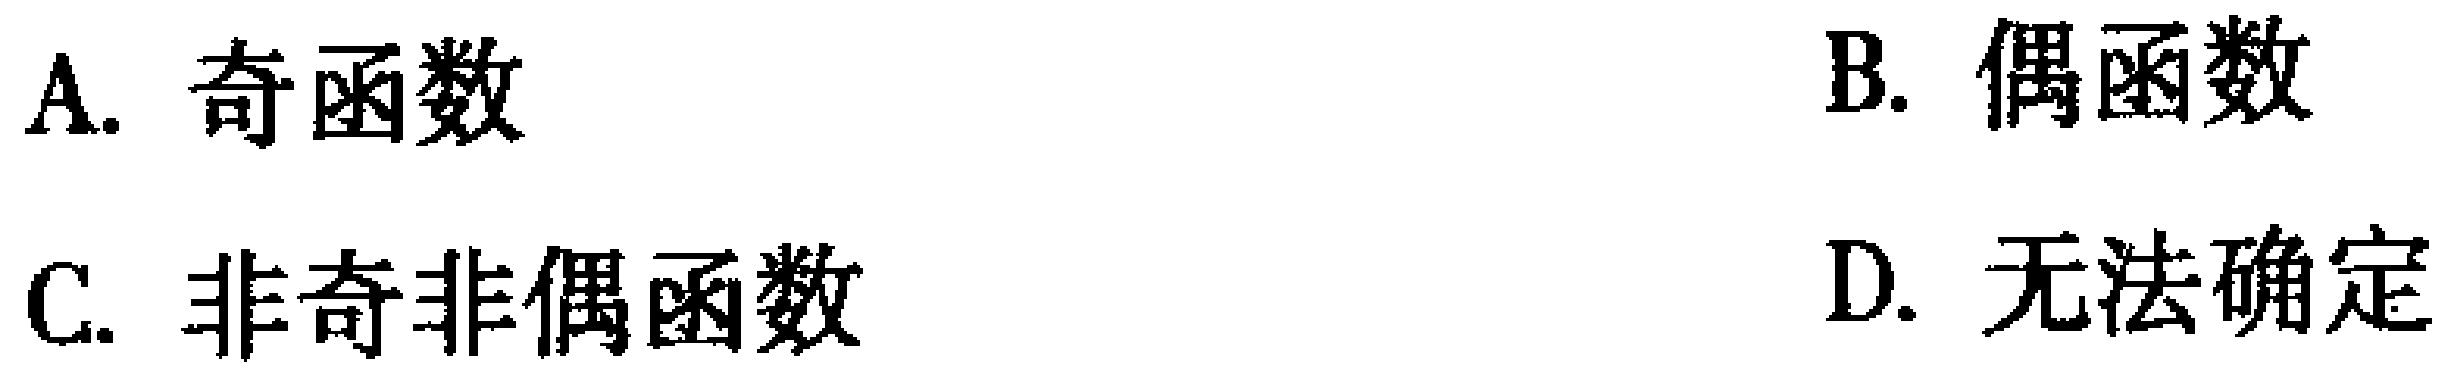
A. 奇函数

B. 偶函数

C. 非奇非偶函数

D. 无法确定